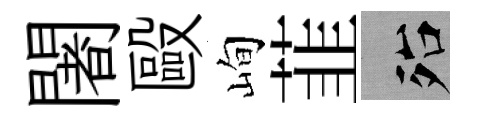
闍毆峋韮殆